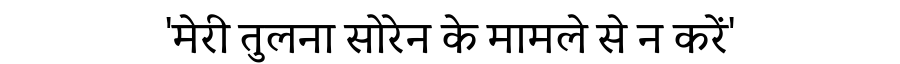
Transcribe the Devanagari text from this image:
'मेरी तुलना सोरेन के मामले से न करें'